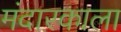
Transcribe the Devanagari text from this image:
मंदारकाला